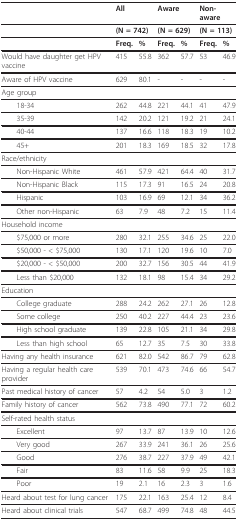
<table><thead><tr><td></td><td colspan="2"><b>All</b></td><td colspan="2"><b>Aware</b></td><td colspan="2"><b>Non-aware</b></td></tr></thead><tbody><tr><td></td><td colspan="2"><b>(N = 742)</b></td><td colspan="2"><b>(N = 629)</b></td><td colspan="2"><b>(N = 113)</b></td></tr><tr><td></td><td><b>Freq.</b></td><td><b>%</b></td><td><b>Freq.</b></td><td><b>%</b></td><td><b>Freq.</b></td><td><b>%</b></td></tr><tr><td>Would have daughter get HPV vaccine</td><td>415</td><td>55.8</td><td>362</td><td>57.7</td><td>53</td><td>46.9</td></tr><tr><td>Aware of HPV vaccine</td><td>629</td><td>80.1</td><td>-</td><td>-</td><td>-</td><td>-</td></tr><tr><td>Age group</td><td></td><td></td><td></td><td></td><td></td><td></td></tr><tr><td> 18-34</td><td>262</td><td>44.8</td><td>221</td><td>44.1</td><td>41</td><td>47.9</td></tr><tr><td> 35-39</td><td>142</td><td>20.2</td><td>121</td><td>19.2</td><td>21</td><td>24.1</td></tr><tr><td> 40-44</td><td>137</td><td>16.6</td><td>118</td><td>18.3</td><td>19</td><td>10.2</td></tr><tr><td> 45+</td><td>201</td><td>18.3</td><td>169</td><td>18.5</td><td>32</td><td>17.8</td></tr><tr><td>Race/ethnicity</td><td></td><td></td><td></td><td></td><td></td><td></td></tr><tr><td> Non-Hispanic White</td><td>461</td><td>57.9</td><td>421</td><td>64.4</td><td>40</td><td>31.7</td></tr><tr><td> Non-Hispanic Black</td><td>115</td><td>17.3</td><td>91</td><td>16.5</td><td>24</td><td>20.8</td></tr><tr><td> Hispanic</td><td>103</td><td>16.9</td><td>69</td><td>12.1</td><td>34</td><td>36.2</td></tr><tr><td> Other non-Hispanic</td><td>63</td><td>7.9</td><td>48</td><td>7.2</td><td>15</td><td>11.4</td></tr><tr><td>Household income</td><td></td><td></td><td></td><td></td><td></td><td></td></tr><tr><td> $75,000 or more</td><td>280</td><td>32.1</td><td>255</td><td>34.6</td><td>25</td><td>22.0</td></tr><tr><td> $50,000 - &lt; $75,000</td><td>130</td><td>17.1</td><td>120</td><td>19.6</td><td>10</td><td>7.0</td></tr><tr><td> $20,000 - &lt; $50,000</td><td>200</td><td>32.7</td><td>156</td><td>30.5</td><td>44</td><td>41.9</td></tr><tr><td> Less than $20,000</td><td>132</td><td>18.1</td><td>98</td><td>15.4</td><td>34</td><td>29.2</td></tr><tr><td>Education</td><td></td><td></td><td></td><td></td><td></td><td></td></tr><tr><td> College graduate</td><td>288</td><td>24.2</td><td>262</td><td>27.1</td><td>26</td><td>12.8</td></tr><tr><td> Some college</td><td>250</td><td>40.2</td><td>227</td><td>44.4</td><td>23</td><td>23.6</td></tr><tr><td> High school graduate</td><td>139</td><td>22.8</td><td>105</td><td>21.1</td><td>34</td><td>29.8</td></tr><tr><td> Less than high school</td><td>65</td><td>12.7</td><td>35</td><td>7.5</td><td>30</td><td>33.8</td></tr><tr><td>Having any health insurance</td><td>621</td><td>82.0</td><td>542</td><td>86.7</td><td>79</td><td>62.8</td></tr><tr><td>Having a regular health care provider</td><td>539</td><td>70.1</td><td>473</td><td>74.6</td><td>66</td><td>54.7</td></tr><tr><td>Past medical history of cancer</td><td>57</td><td>4.2</td><td>54</td><td>5.0</td><td>3</td><td>1.2</td></tr><tr><td>Family history of cancer</td><td>562</td><td>73.8</td><td>490</td><td>77.1</td><td>72</td><td>60.2</td></tr><tr><td>Self-rated health status</td><td></td><td></td><td></td><td></td><td></td><td></td></tr><tr><td> Excellent</td><td>97</td><td>13.7</td><td>87</td><td>13.9</td><td>10</td><td>12.6</td></tr><tr><td> Very good</td><td>267</td><td>33.9</td><td>241</td><td>36.1</td><td>26</td><td>25.6</td></tr><tr><td> Good</td><td>276</td><td>38.7</td><td>227</td><td>37.9</td><td>49</td><td>42.1</td></tr><tr><td> Fair</td><td>83</td><td>11.6</td><td>58</td><td>9.9</td><td>25</td><td>18.3</td></tr><tr><td> Poor</td><td>19</td><td>2.1</td><td>16</td><td>2.3</td><td>3</td><td>1.6</td></tr><tr><td>Heard about test for lung cancer</td><td>175</td><td>22.1</td><td>163</td><td>25.4</td><td>12</td><td>8.4</td></tr><tr><td>Heard about clinical trials</td><td>547</td><td>68.7</td><td>499</td><td>74.8</td><td>48</td><td>44.5</td></tr></tbody></table>